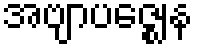
အဗျာပဇ္ဈေန